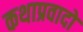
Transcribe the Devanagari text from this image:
कथाप्रवादों